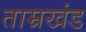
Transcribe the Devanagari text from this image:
ताम्रखंड